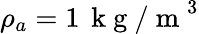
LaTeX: \rho_{a}=1\, \mathrm{~k~g~/~m~}^{3}